Civil Veterinary Department Bihar reports 1936-40 - 1936-1940
Year: 1936
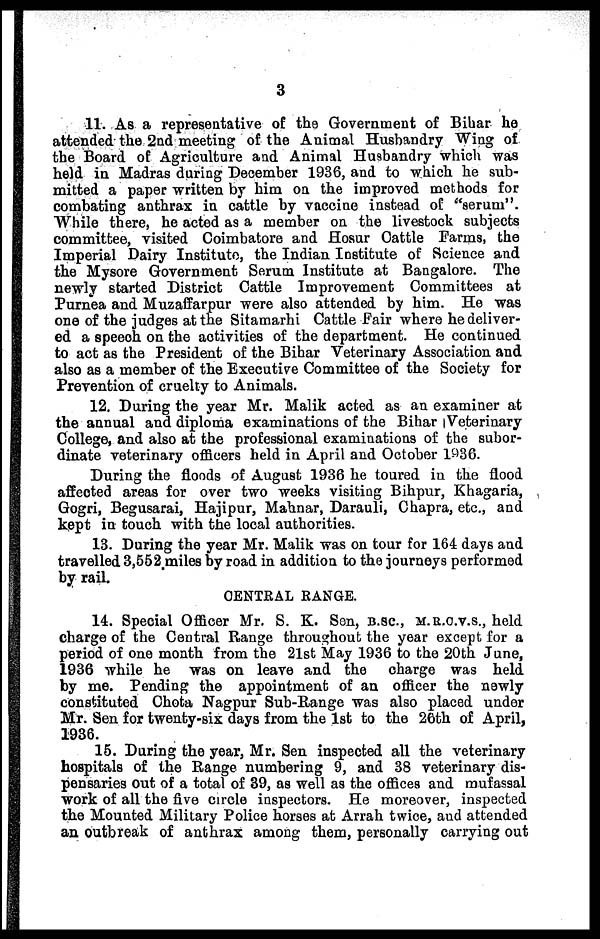
3
11. As a representative of the Government of Bihar he
attended the 2nd meeting of the Animal Husbandry Wing of
the Board of Agriculture and Animal Husbandry which was
held in Madras during December 1936, and to which he sub-
mitted a paper written by him on the improved methods for
combating anthrax in cattle by vaccine instead of "serum".
While there, he acted as a member on the livestock subjects
committee, visited Coimbatore and Hosur Cattle Farms, the
Imperial Dairy Institute, the Indian Institute of Science and
the Mysore Government Serum Institute at Bangalore. The
newly started District Cattle Improvement Committees at
Purnea and Muzaffarpur were also attended by him. He was
one of the judges at the Sitamarhi Cattle Fair where he deliver-
ed a speech on the activities of the department. He continued
to act as the President of the Bihar Veterinary Association and
also as a member of the Executive Committee of the Society for
Prevention of cruelty to Animals.
12. During the year Mr. Malik acted as an examiner at
the annual and diploma examinations of the Bihar Veterinary
College, and also at the professional examinations of the subor-
dinate veterinary officers held in April and October 1936.
During the floods of August 1936 he toured in the flood
affected areas for over two weeks visiting Bihpur, Khagaria,
Gogri, Begusarai, Hajipur, Mahnar, Darauli, Chapra, etc., and
kept in touch with the local authorities.
13. During the year Mr. Malik was on tour for 164 days and
travelled 3,552 miles by road in addition to the journeys performed
by rail.
CENTRAL RANGE.
14. Special Officer Mr. S. K. San, b.sc, m.r.c.v.s., held
charge of the Central Range throughout the year except for a
period of one month from the 21st May 1936 to the 20th. June,
1936 while he was on leave and the charge was held
by me. Pending the appointment of an officer the newly
constituted Chota Nagpur Sub-Range was also placed under
Mr. Sen for twenty-six days from the 1st to the 26th of April,
1936.
15. During the year, Mr. Sen inspected all the veterinary
hospitals of the Range numbering 9, and 38 veterinary dis-
pensaries out of a total of 39, as well as the offices and mufassal
work of all the five circle inspectors. He moreover, inspected
the Mounted Military Police horses at Arrah twice, and attended
an outbreak of anthrax among them, personally carrying out